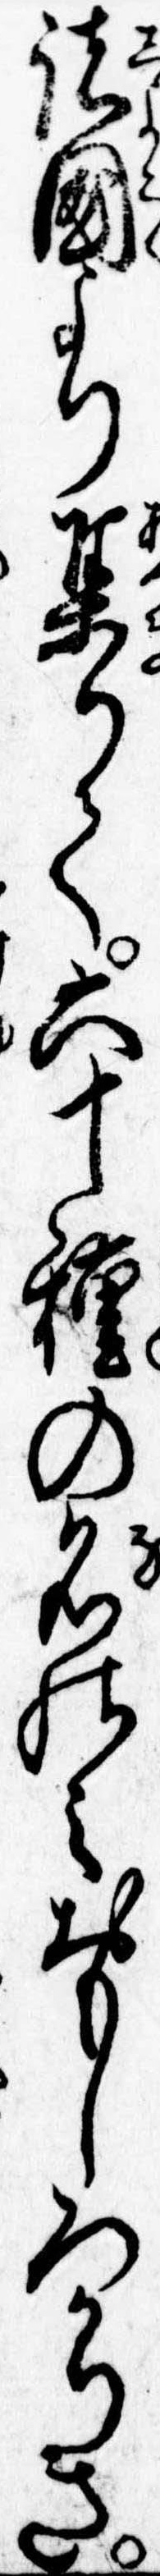
諸国より集りて六十種の名のみおもしろかりき